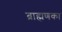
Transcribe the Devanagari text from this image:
ब्राह्मणका